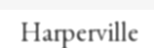
Harperville